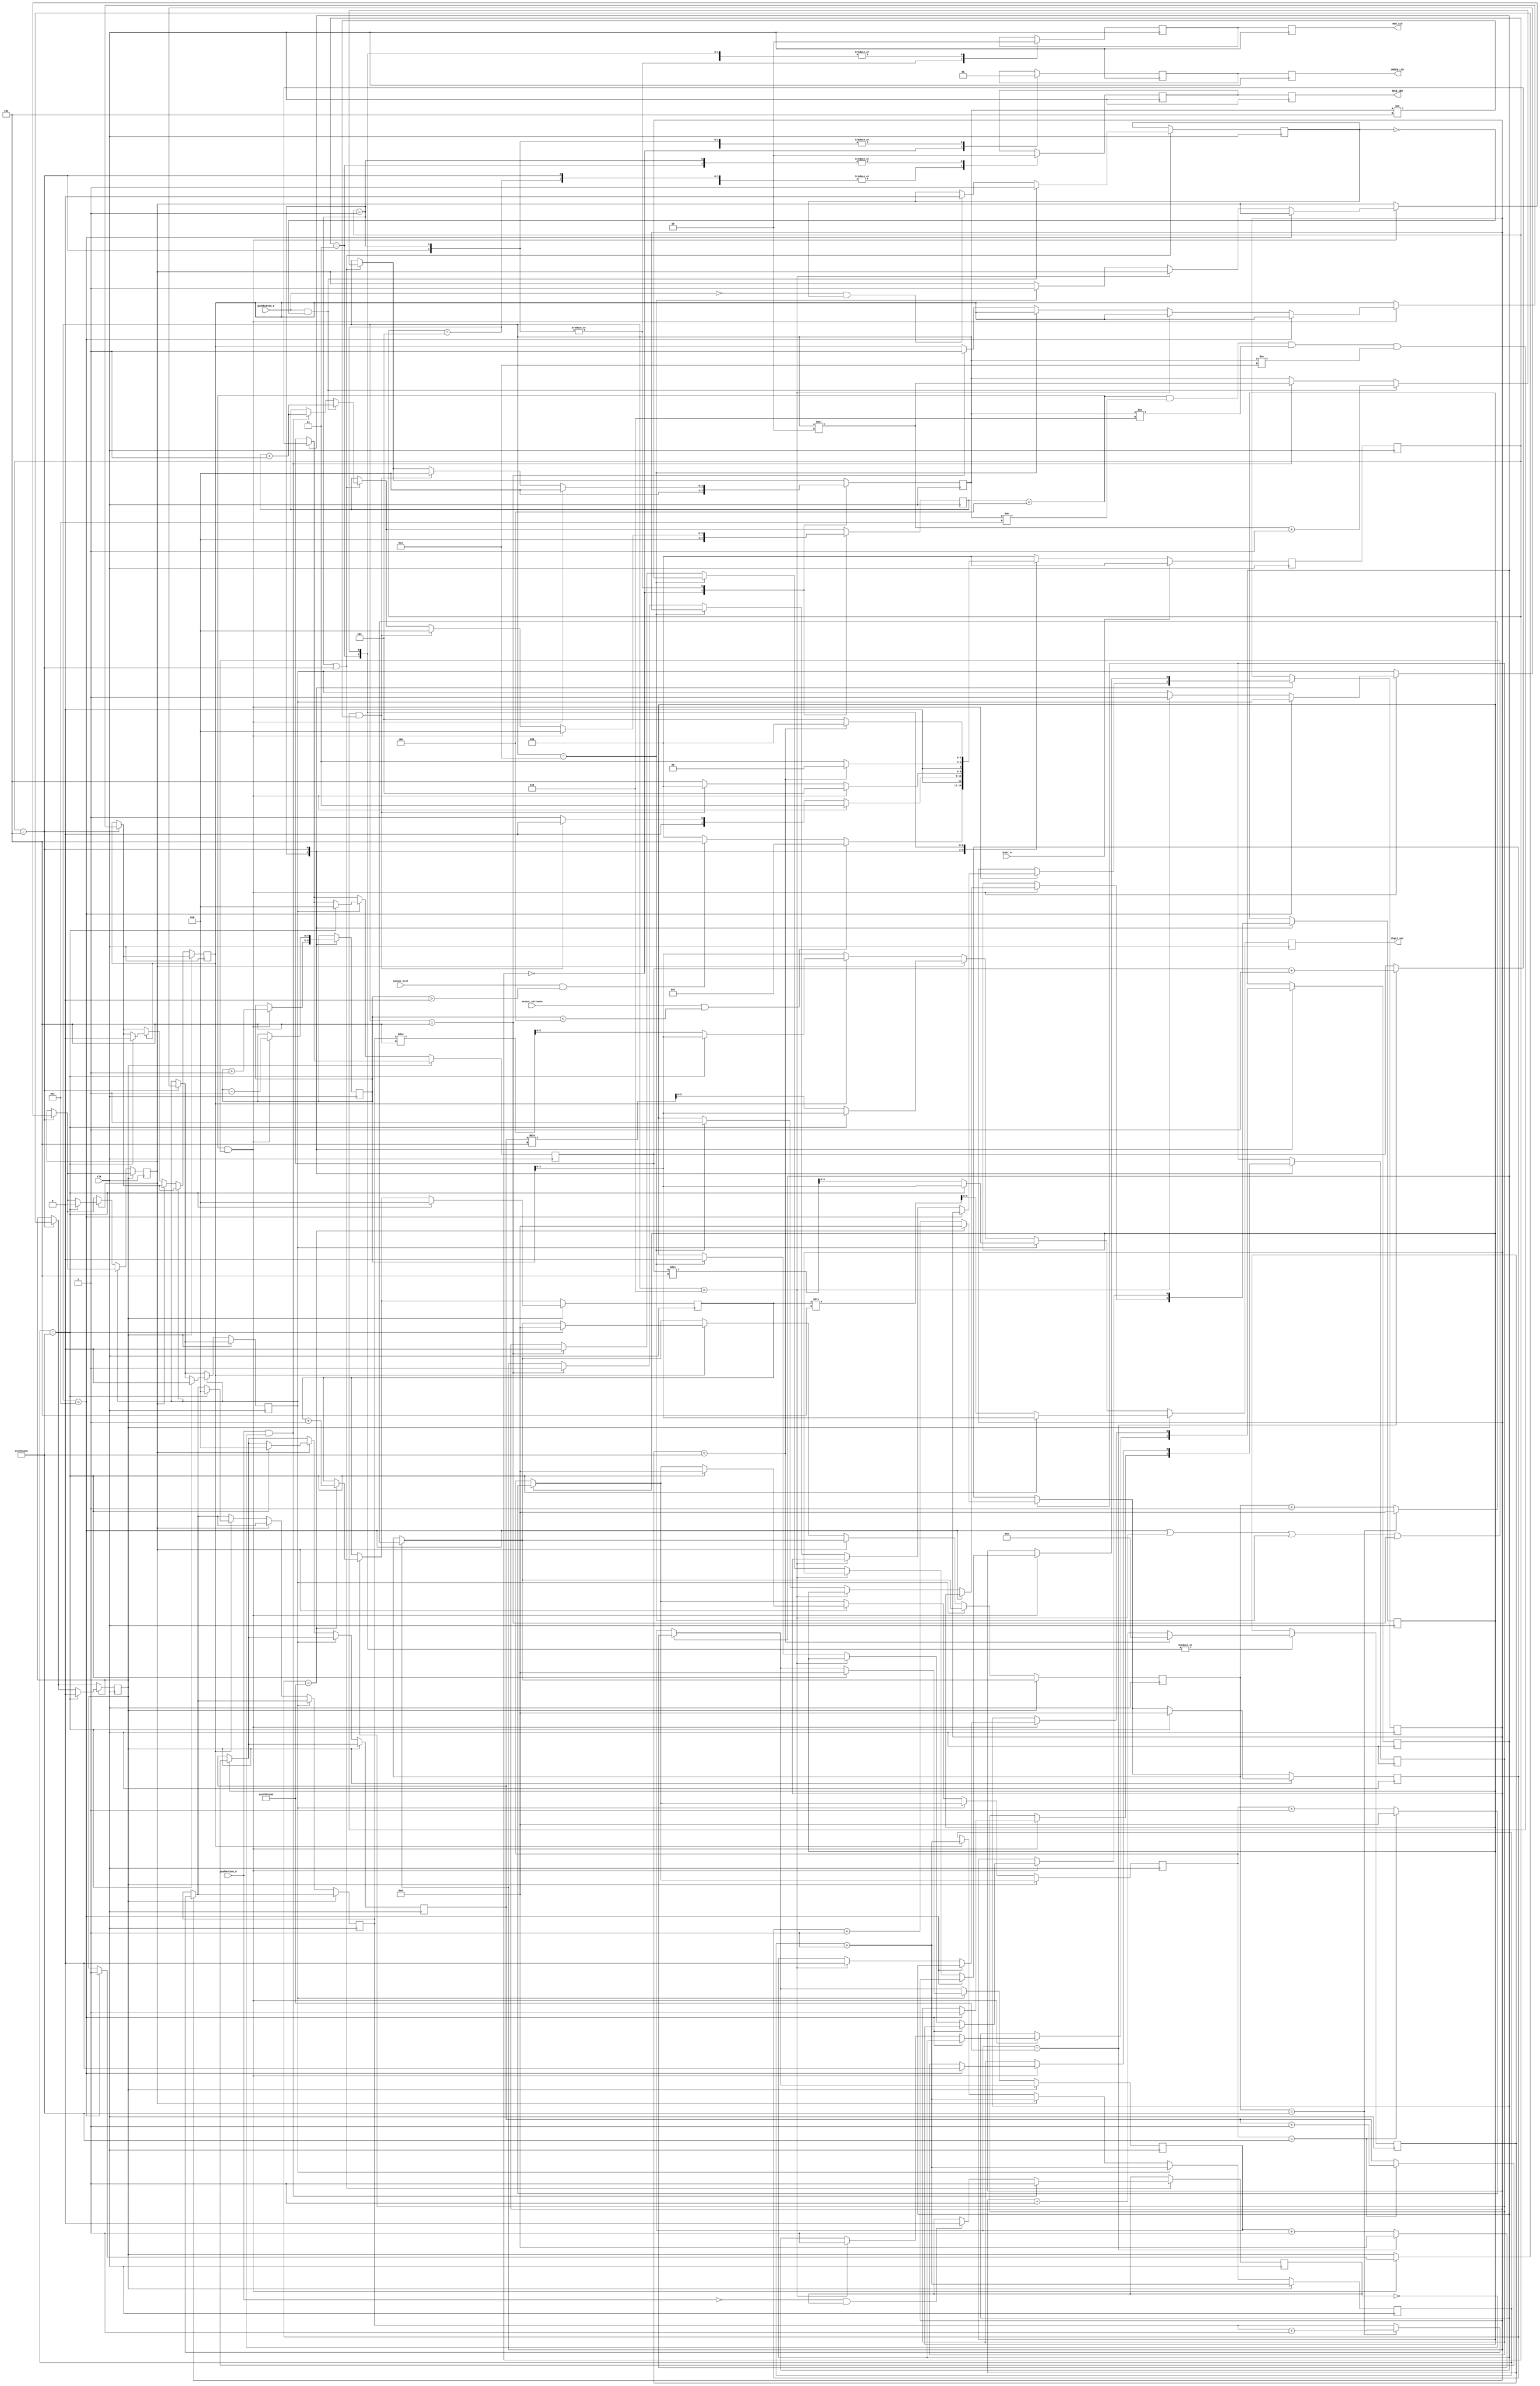
module parking_system( 
  input clk,reset_n,
  input sensor_entrance, sensor_exit, 
  input pushbutton_0,input pushbutton_1,
  output[3:0] digit_out,
  output reg GREEN_LED,output reg RED_LED,output reg IDLE_LED
);

parameter IDLE = 3'b000, WAIT_PASSWORD = 3'b001, WRONG_PASS = 3'b010, RIGHT_PASS = 3'b011,STOP = 3'b100;
parameter WAIT_EXIT_PASSWORD = 3'b101, RIGHT_EXIT_PASS = 3'b111;
parameter pass1=4'b1100, pass2=4'b1001, pass3=4'b1010, pass4=4'b0101;  
parameter CAPACITY=4;
 

reg[2:0] current_state, next_state;
reg[31:0] counter_wait;
reg red_tmp,green_tmp,idle_temp;

reg[4:0] num_cars;
reg [3:0] password_temp;
reg button_old_0;
reg button_old_1;
initial button_old_0=0;
initial button_old_1=0;
reg [3:0] temp_counter;
reg [26:0] delay;
reg flag[0:3];
reg change_flag[0:3];
initial flag[0]=0;
initial flag[1]=0;
initial flag[2]=0;
initial flag[3]=0;
initial change_flag[0]=0;
initial change_flag[1]=0;
initial change_flag[2]=0;
initial change_flag[3]=0;

reg [3:0]counter[0:3];
reg [30:0]delays[0:3];
reg [30:0]show_delay;
initial num_cars=0;


always @(posedge clk)
begin
    current_state <= next_state;

    if(current_state==WAIT_PASSWORD || current_state==WAIT_EXIT_PASSWORD)
    begin
        if (pushbutton_0 == 1'b1 && button_old_0 == 0)
        begin
            password_temp<=password_temp*2;
            temp_counter<=temp_counter+1; //=
            button_old_0<=1;
        end
        else if (pushbutton_0 == 1'b0 && button_old_0 == 1)
        begin
          button_old_0<=0;
        end   
      
      
      if (pushbutton_1 == 1'b1 && button_old_1 == 0)
        begin
            password_temp<=password_temp*2+1; //=
            temp_counter<=temp_counter+1;
            button_old_1<=1;
        end
      else if (pushbutton_1 == 1'b0 && button_old_1 == 1)
        begin
          button_old_1<=0;
        end
        
    end
    
    
    case(current_state)
    IDLE: 
      begin
          temp_counter <= 3'b000;
          password_temp <= 4'b0000;
          if(sensor_entrance == 1 && num_cars < CAPACITY)
              next_state <= WAIT_PASSWORD;
          else if(sensor_exit == 1 && num_cars > 0)
              next_state <= WAIT_EXIT_PASSWORD;
          else
              next_state <= IDLE;
      end
    WAIT_PASSWORD: 
      begin
        if((temp_counter==4)&&((password_temp==pass1)||(password_temp==pass2)||(password_temp==pass3)||(password_temp==pass4)))
        begin
             if(password_temp==pass1)
                flag[0]<=1;
             else if(password_temp==pass2)
                flag[1]<=1;
             else if(password_temp==pass3)
                flag[2]<=1;
             else if(password_temp==pass4)
                flag[3]<=1;   
             next_state <= RIGHT_PASS;
             temp_counter<=0;
             password_temp<=4'b0000;
             num_cars<=num_cars+1;
        end
        else if((temp_counter==4)&&(password_temp!=pass1)&&(password_temp!=pass2)&&(password_temp!=pass3)&&(password_temp!=pass4))
        begin
            next_state <= IDLE;
            temp_counter<=0;
            password_temp<=4'b0000;
        end
        else
            next_state<=WAIT_PASSWORD;
      end

    WAIT_EXIT_PASSWORD: 
      begin
        if((temp_counter==4)&&((password_temp==pass1)||(password_temp==pass2)||(password_temp==pass3)||(password_temp==pass4)))
        begin
             
             if(password_temp==pass1)
             begin
                flag[0]<=0;
                change_flag[0]<=1;
             end   
             else if(password_temp==pass2)
             begin
                flag[1]<=0;
                change_flag[1]<=1;
             end   
             else if(password_temp==pass3)
             begin
                flag[2]<=0;
                change_flag[2]<=1;
             end   
             else if(password_temp==pass4)
             begin
                flag[3]<=0;
                change_flag[3]<=1;
             end      
             next_state <= RIGHT_EXIT_PASS;
             temp_counter<=0;
             password_temp<=4'b0000;
             num_cars<=num_cars-1;
        end
        else if((temp_counter==4)&&(password_temp!=pass1)&&(password_temp!=pass2)&&(password_temp!=pass3)&&(password_temp!=pass4))
        begin
            next_state <= IDLE;
            temp_counter<=0;
            password_temp<=4'b0000;
        end
        else
            next_state<=WAIT_EXIT_PASSWORD;
      end

    RIGHT_PASS: 
    begin
      delay <= delay+1;
      if(delay==27'b111100011110100001001000000) // 111100011110100001001000000 is 126829120 in decimal => 100 MHz freq => delay = 126829120/10^8 (so, it will stay in RIGHT_PASS for approx 1.26 sec)
      begin
          delay <= 27'b0;
          next_state <= IDLE;
      end
      else
        next_state<=RIGHT_PASS;
    end

    RIGHT_EXIT_PASS: 
    begin
      delay <= delay+1;
      if(delay==27'b111100011110100001001000000) // 111100011110100001001000000 is 126829120 in decimal => 100 MHz freq => delay = 126829120/10^8 (so, it will stay in RIGHT_PASS for approx 1.26 sec)
      begin
          delay <= 27'b0;
          next_state <= IDLE;
      end
      else
        next_state<=RIGHT_EXIT_PASS;
    end

    default: 
      next_state <= IDLE;
    endcase


    if(reset_n==1)
      next_state<=IDLE;
    case(current_state)
       IDLE: 
       begin
         idle_temp<=1'b1;
         red_tmp <= 1'b0;
         green_tmp <= 1'b0;
       end
       WAIT_PASSWORD: 
       begin
         idle_temp<=1'b0;
         red_tmp <= 1'b1;
         green_tmp <= 1'b1;
       end
       WAIT_EXIT_PASSWORD: 
       begin
         idle_temp<=1'b1;
         red_tmp <= 1'b1;
         green_tmp <= 1'b1;
       end
       RIGHT_EXIT_PASS: 
       begin
         idle_temp<=1'b1;
         red_tmp <= 1'b0;
         green_tmp <= 1'b1;
       end
       RIGHT_PASS: 
       begin
         idle_temp<=1'b0;
         red_tmp <= 1'b0;
         green_tmp <= 1'b1;
       end
       
    endcase
    RED_LED <=red_tmp;
    GREEN_LED <= green_tmp;
    IDLE_LED <= idle_temp;
    
    
    if(flag[0]==1)
    begin
      delays[0]<=delays[0]+1;
      if(delays[0]==29'b11111100011110100001001000000)
      begin
        delays[0]<=27'd0;
        counter[0]<=counter[0]+1;
      end
    end
    if(flag[1]==1)
    begin
      delays[1]<=delays[1]+1;
      if(delays[1]==29'b11111100011110100001001000000)
      begin
        delays[1]<=27'd0;
        counter[1]<=counter[1]+1;
      end
    end
    if(flag[2]==1)
    begin
      delays[2]<=delays[2]+1;
      if(delays[2]==29'b111100011110100001001000000)
      begin
        delays[2]<=27'd0;
        counter[2]<=counter[2]+1;
      end
    end
    if(flag[3]==1)
    begin
      delays[3]<=delays[3]+1;
      if(delays[3]==29'b111100011110100001001000000)
      begin
        delays[3]<=27'd0;
        counter[3]<=counter[3]+1;
      end
    end 
    
    if(change_flag[0]==1)
    begin
      if(show_delay==29'b111100011110100001001000000)
      begin
        digit_out<=num_cars;
        show_delay<=0;
        change_flag[0]<=0;
        delays[0]<=0;
        counter[0]<=0;
      end  
      else
        digit_out<=(counter[0]/5);
        show_delay<=show_delay+1;      
    end

    else if(change_flag[1]==1)
    begin
      if(show_delay==29'b111100011110100001001000000)
      begin
        digit_out<=num_cars;
        show_delay<=0;
        change_flag[1]<=0;
        delays[1]<=0;
        counter[1]<=0;
      end  
      else
        digit_out<=(counter[1]/5);
        show_delay<=show_delay+1;      
    end  

    else if(change_flag[2]==1)
    begin
      if(show_delay==29'b111100011110100001001000000)
      begin
        digit_out<=num_cars;
        show_delay<=0;
        change_flag[2]<=0;
        delays[2]<=0;
        counter[2]<=0;
      end  
      else
        digit_out<=(counter[2]/5);
        show_delay<=show_delay+1;      
    end  

    else if(change_flag[3]==1)
    begin
      if(show_delay==29'b111100011110100001001000000)
      begin
        digit_out<=num_cars;
        show_delay<=0;
        change_flag[3]<=0;
        delays[3]<=0;
        counter[3]<=0;
      end  
      else
        digit_out<=counter[3]/5;
        show_delay<=show_delay+1;      
    end    
    else
        digit_out<=num_cars;
      
end


endmodule